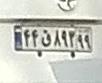
۴۴ق۸۹۳۹۹